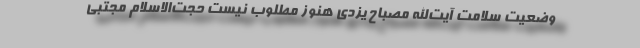
وضعیت سلامت آیت‌الله مصباح یزدی هنوز مطلوب نیست حجت‌الاسلام مجتبی